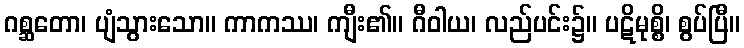
ဂစ္ဆတော၊ ပျံသွားသော။ ကာကဿ၊ ကျီး၏။ ဂီဝါယ၊ လည်ပင်း၌။ ပဋိမုစ္စိ၊ စွပ်ပြီ။